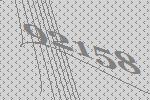
92158